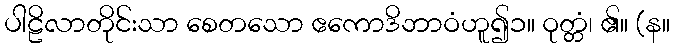
ပါဠိလာတိုင်းသာ စေတသော ဧကောဒိဘာဝံဟူ၍၁။ ဝုတ္တံ၊ ၏။ (န။